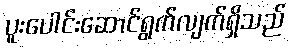
ပူးပေါင်းဆောင်ရွက်လျက်ရှိသည်